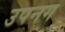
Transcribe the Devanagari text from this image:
उपनग